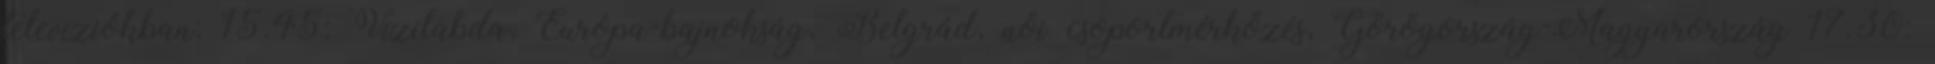
televíziókban: 15.45: Vízilabda, Európa-bajnokság, Belgrád, női csoportmérkőzés, Görögország-Magyarország 17.30: